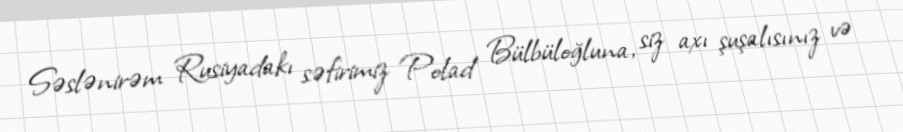
Səslənirəm Rusiyadakı səfirimiz Polad Bülbüloğluna, siz axı şuşalısınız və